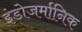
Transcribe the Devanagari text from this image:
इंडोजर्मानिक